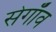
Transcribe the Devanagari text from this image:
सेगाँव